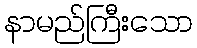
နာမည်ကြီးသော